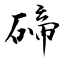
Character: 碲